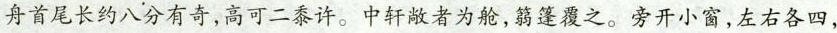
舟首尾长约八分有奇，高可二黍许。中轩敞者为舱，篷覆之。旁开小窗，左右各四，